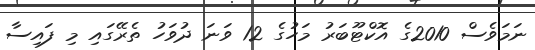
ނަމަވެސް 2010ގެ އޮކްޓޫބަރު މަހުގެ 12 ވަނަ ދުވަހު ތެރޭގައި މި ފައިސާ